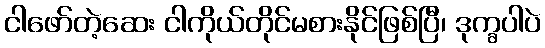
ငါဖော်တဲ့ဆေး ငါကိုယ်တိုင်မစားနိုင်ဖြစ်ပြီ၊ ဒုက္ခပါပဲ